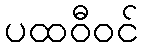
ပထဝီဝင်